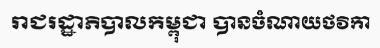
រាជរដ្ឋាភិបាលកម្ពុជា បានចំណាយថវិកា